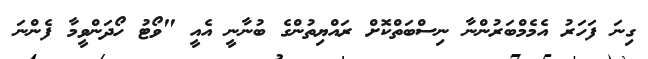
ގިނަ ފަހަރު އެެމެމްބަރުންނާ ނިސްބަތްކޮށް ރައްޔިތުންގެ ބުނާނީ އެއީ "ވޯޓު ހޯދަންވީމާ ފެންނަ